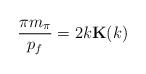
LaTeX: \begin{align*}\frac{\pi m_{\pi}}{p_f} = 2 k {\bf K}(k)\end{align*}